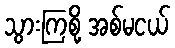
သွားကြစို့ အစ်မငယ်